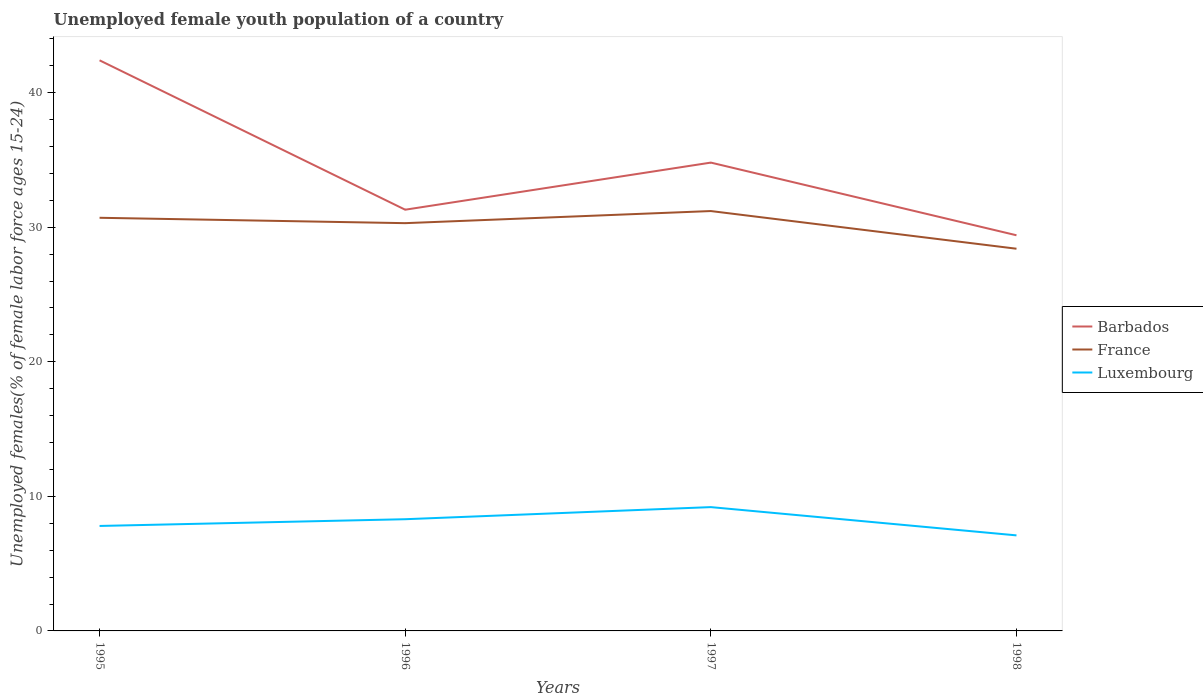
| Years | Barbados | France | Luxembourg |
 | --- | --- | --- | --- |
 | 1995 | 42.4 | 30.7 | 7.8 |
 | 1996 | 31.3 | 30.3 | 8.3 |
 | 1997 | 34.8 | 31.2 | 9.2 |
 | 1998 | 29.4 | 28.4 | 7.1 |